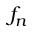
f _ { n }